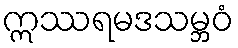
ဣဿရမဒသမ္ဘဝံ